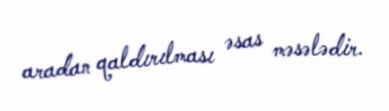
aradan qaldırılması əsas məsələdir.